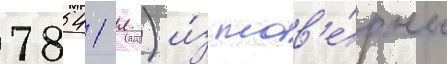
78541 л.) и́з тав'е́рны